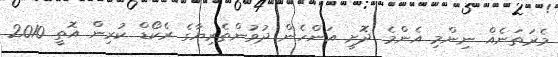
މެރަތަނެއް ނިންމި އެންމެ ދޮށީ އަންހެން ދުވުންތެރިޔާގެ ރެކޯޑް ކުރިން އޮތީ 2010